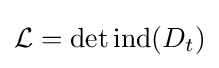
{\mathcal {L}}=\det {\text{ind}}(D_{t})